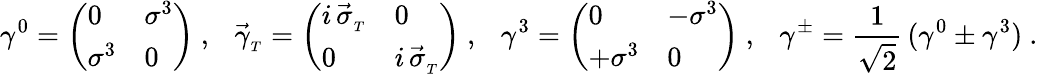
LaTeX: \gamma^{0}=\left(\begin{array}{ll}{{0}}&{{\sigma^{3}}}\\ {{\sigma^{3}}}&{{0}}\end{array}\right)\ ,\ \ \ \vec{\gamma}_{_T}=\left(\begin{array}{ll}{{i\, \vec{\sigma}_{_T}}}&{{0}}\\ {{0}}&{{i\, \vec{\sigma}_{_T}}}\end{array}\right)\ ,\ \ \ \gamma^{3}=\left(\begin{array}{ll}{{0}}&{{-\sigma^{3}}}\\ {{+\sigma^{3}}}&{{0}}\end{array}\right)\ ,\ \ \ \gamma^{\pm}=\frac{1}{\sqrt{2}}\, (\gamma^{0}\pm\gamma^{3})\ .